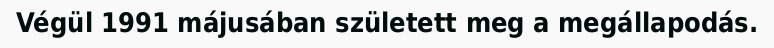
Végül 1991 májusában született meg a megállapodás.